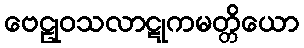
ဗေဠုဝသလာဋုကမတ္တိယော